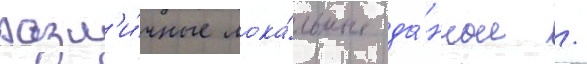
разл'и́чные лока́льные да́нные /